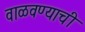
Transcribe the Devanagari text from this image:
वाळवण्याची